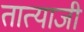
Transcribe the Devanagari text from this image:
तात्याजी